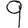
Digit: 9